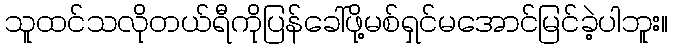
သူထင်သလိုတယ်ရီကိုပြန်ခေါ်ဖို့မစ်ရှင်မအောင်မြင်ခဲ့ပါဘူး။